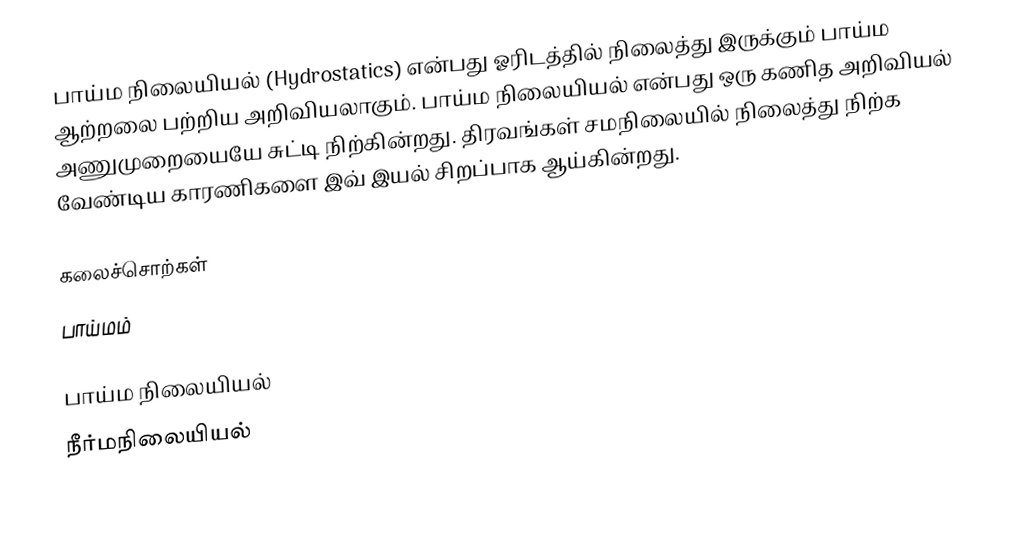
பாய்ம நிலையியல் (Hydrostatics) என்பது ஓரிடத்தில் நிலைத்து இருக்கும் பாய்ம ஆற்றலை பற்றிய அறிவியலாகும். பாய்ம நிலையியல் என்பது ஒரு கணித அறிவியல் அணுமுறையையே சுட்டி நிற்கின்றது. திரவங்கள் சமநிலையில் நிலைத்து நிற்க வேண்டிய காரணிகளை இவ் இயல் சிறப்பாக ஆய்கின்றது.

கலைச்சொற்கள்
 பாய்மம்

பாய்ம நிலையியல்
நீர்மநிலையியல்